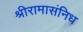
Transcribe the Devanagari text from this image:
श्रीरामासंनिध